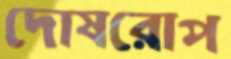
দোষরোপ